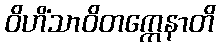
ဝိဟိံသာဝိတက္ကေနာတိ